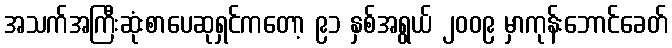
အသက်အကြီးဆုံးစာပေဆုရှင်ကတော့ ၉၁ နှစ်အရွယ် ၂၀၀၉ မှာကုန်းဘောင်ခေတ်